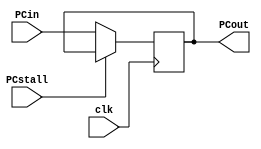
`timescale 1ns / 1ps
module PC(PCin,PCout,clk,PCstall);
input  [7:0]PCin;
input clk,PCstall;
output reg [7:0]PCout;

initial PCout=8'b0;

always@(posedge clk )
begin
	if(PCstall)
	PCout<=PCout;
	else
	PCout<=PCin;
end
endmodule